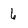
Character: 6